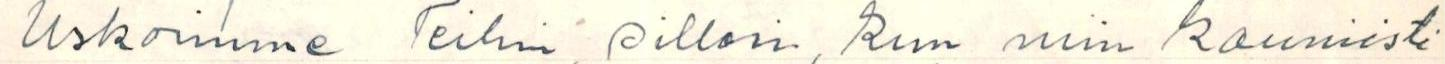
Uskoimme Teihin, silloin, kun niin kauniisti